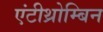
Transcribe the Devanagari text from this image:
एंटीथ्रोम्बिन